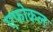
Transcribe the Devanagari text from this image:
एफोकल